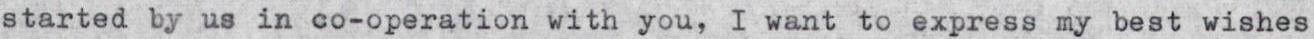
started by us in co-operation with you, I want to express my best wishes